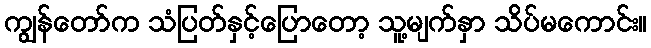
ကျွန်တော်က သံပြတ်နှင့်ပြောတော့ သူ့မျက်နှာ သိပ်မကောင်း။